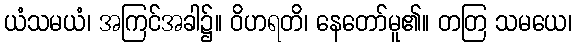
ယံသမယံ၊ အကြင်အခါ၌။ ဝိဟရတိ၊ နေတော်မူ၏။ တတြ သမယေ၊